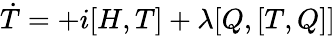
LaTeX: \dot{T}=+i[H,T]+\lambda[Q,[T,Q]]